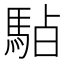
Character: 𱄚